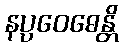
နပ္ပဝေဓေန္တိ